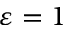
\varepsilon = 1